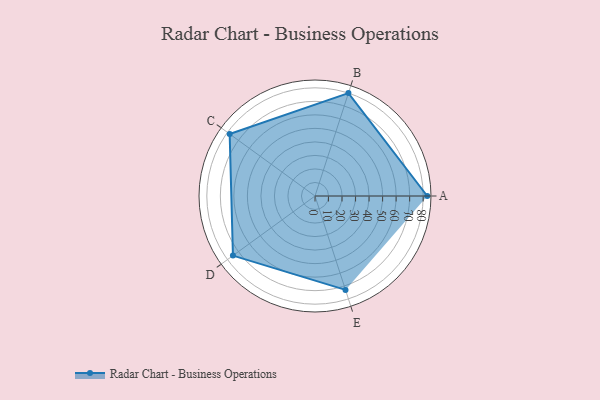
{"axis": {"x": "Skill", "y": "Score"}, "legend": ["Profile"], "data": [{"x": "A", "y": 83.0, "type": "Profile"}, {"x": "B", "y": 80.0, "type": "Profile"}, {"x": "C", "y": 78.0, "type": "Profile"}, {"x": "D", "y": 75.0, "type": "Profile"}, {"x": "E", "y": 73.0, "type": "Profile"}]}